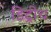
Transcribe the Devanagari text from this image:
डिट्रीच